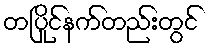
တပြိုင်နက်တည်းတွင်